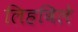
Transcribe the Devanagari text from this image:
लिहविले